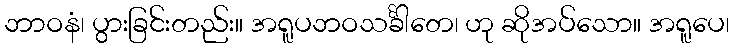
ဘာဝနံ၊ ပွားခြင်းတည်း။ အရူပဘဝသင်္ခါတေ၊ ဟု ဆိုအပ်သော။ အရူပေ၊